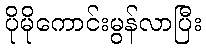
ပိုမိုကောင်းမွန်လာပြီး